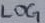
Text: LOG